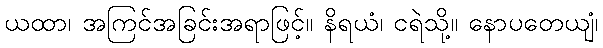
ယထာ၊ အကြင်အခြင်းအရာဖြင့်။ နိရယံ၊ ငရဲသို့။ နောပတေယျံ၊